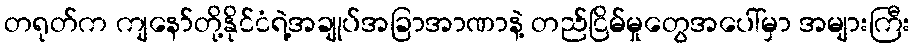
တရုတ်က ကျနော်တို့နိုင်ငံရဲ့အချုပ်အခြာအာဏာနဲ့ တည်ငြိမ်မှုတွေအပေါ်မှာ အများကြီး